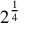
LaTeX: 2 ^ { \frac { 1 } { 4 } }